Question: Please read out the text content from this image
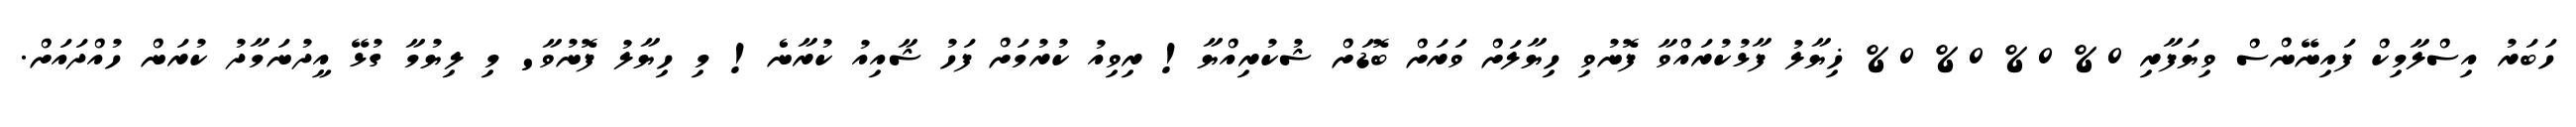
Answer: ހަބަރު އިސްލާމިކް ފައިނޭންސް ވިޔަފާރި 0% 0% 0% 0% ޚިޔާލު ފާޅުކުރައްވާ ފޮނުވި ހިޔާލަށް ވަރަށް ބޮޑަށް ޝުކުރިއްޔާ! ރިވިއު ކުރުމަށް ފަހު ޝާއިއު ކުރާނެ! މި ހިޔާލު ފޮނުވާ' މި ލިޔުމާ ގުޅޭ އީދުނަމާދު ކުރަން ހުއްދައަށް.